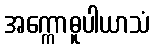
အက္ကောဓူပါယာသံ